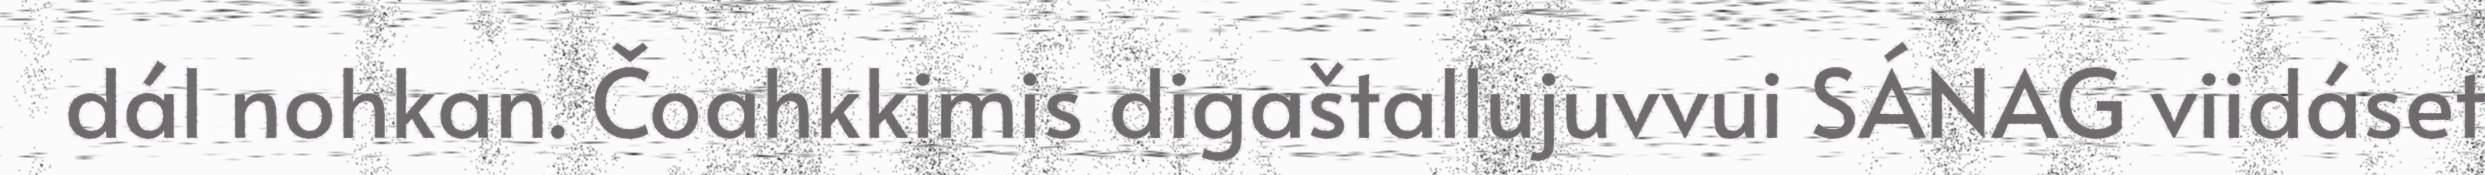
dál nohkan. Čoahkkimis digaštallujuvvui SÁNAG viidáset